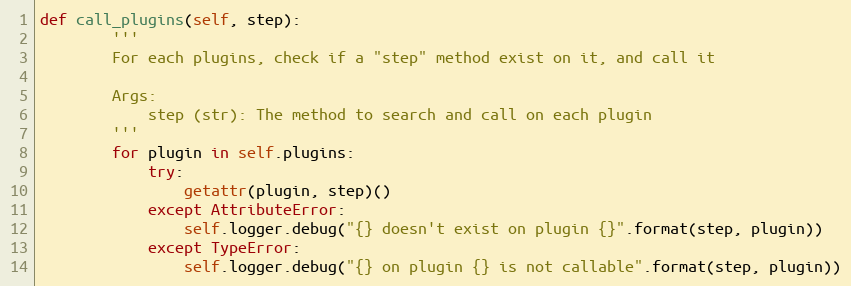
Language: Python
def call_plugins(self, step):
        '''
        For each plugins, check if a "step" method exist on it, and call it

        Args:
            step (str): The method to search and call on each plugin
        '''
        for plugin in self.plugins:
            try:
                getattr(plugin, step)()
            except AttributeError:
                self.logger.debug("{} doesn't exist on plugin {}".format(step, plugin))
            except TypeError:
                self.logger.debug("{} on plugin {} is not callable".format(step, plugin))